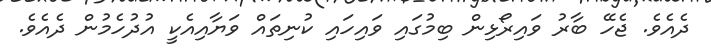
ދެއެވެ. ޖެހޭ ބާރު ވައިރޯޅިން ބިމުގައި ވައިހައި ކުނިތައް ވަޔާއިއެކީ އުދުހެމުން ދެއެވެ.